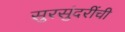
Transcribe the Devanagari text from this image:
सुरसुंदरींची